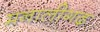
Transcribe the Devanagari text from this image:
मनालीगढ़